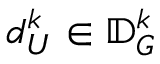
d _ { U } ^ { k } \in \mathbb { D } _ { G } ^ { k }